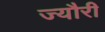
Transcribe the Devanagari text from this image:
ज्यौरी